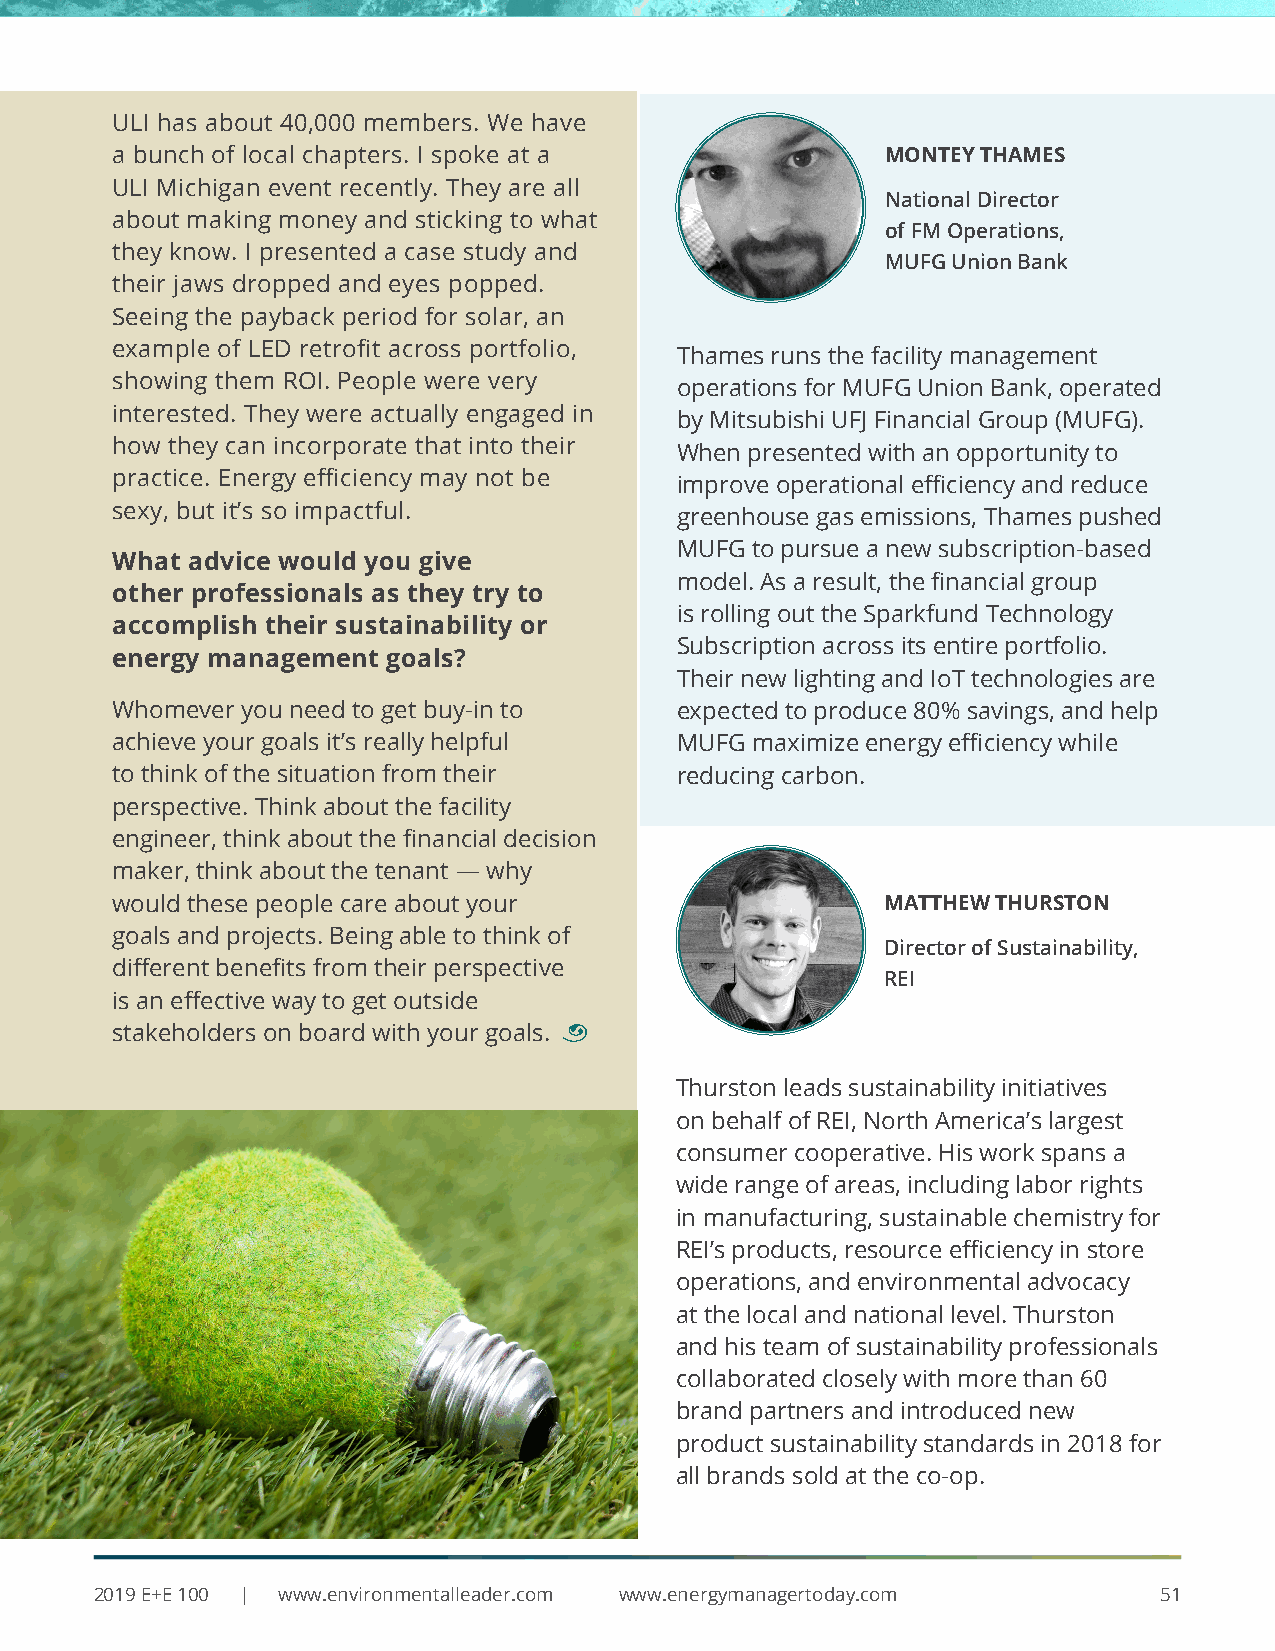
ULI has about 40,000 members. We have
 a bunch of local chapters. I spoke at a             MONTEY THAMES
 ULI Michigan event recently. They are all
 National Director
 about making money and sticking to what
 of FM Operations,
 they know. I presented a case study and
 MUFG Union Bank
 their jaws dropped and eyes popped.
 Seeing the payback period for solar, an
 example of LED retrofit across portfolio,
 Thames runs the facility management
 showing them ROI. People were very
 operations for MUFG Union Bank, operated
 interested. They were actually engaged in
 by Mitsubishi UFJ Financial Group (MUFG).
 how they can incorporate that into their
 When presented with an opportunity to
 practice. Energy efficiency may not be
 improve operational efficiency and reduce
 sexy, but it’s so impactful.
 greenhouse gas emissions, Thames pushed
 MUFG to pursue a new subscription-based
 What advice would you give
 model. As a result, the financial group
 other professionals as they try to
 is rolling out the Sparkfund Technology
 accomplish their sustainability or
 Subscription across its entire portfolio.
 energy management  goals?
 Their new lighting and IoT technologies are
 Whomever you need to get buy-in to    expected to produce 80% savings, and help
 achieve your goals it’s really helpful MUFG maximize energy efficiency while
 to think of the situation from their  reducing carbon.
 perspective. Think about the facility
 engineer, think about the financial decision
 maker, think about the tenant — why
 would these people care about your                  MATTHEW THURSTON
 goals and projects. Being able to think of
 Director of Sustainability,
 different benefits from their perspective
 REI
 is an effective way to get outside
 stakeholders on board with your goals. ¨
 Thurston leads sustainability initiatives
 on behalf of REI, North America’s largest
 consumer cooperative. His work spans a
 wide range of areas, including labor rights
 in manufacturing, sustainable chemistry for
 REI’s products, resource efficiency in store
 operations, and environmental advocacy
 at the local and national level. Thurston
 and his team of sustainability professionals
 collaborated closely with more than 60
 brand partners and introduced new
 product sustainability standards in 2018 for
 all brands sold at the co-op.
 2019 E+E 100 | www.environmentalleader.com www.energymanagertoday.com  51